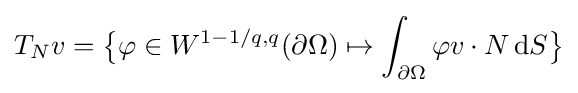
T_{N}v={\bigl \{}\varphi \in W^{1-1/q,q}(\partial \Omega )\mapsto \int _{\partial \Omega }\varphi v\cdot N\,\mathrm {d} S{\bigr \}}